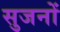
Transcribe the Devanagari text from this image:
सुजनों